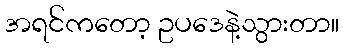
အရင်ကတော့ ဥပဒေနဲ့သွားတာ။